Madras plague regulations in force outside the Presidency town - Volume 1
Disease focus: Plague
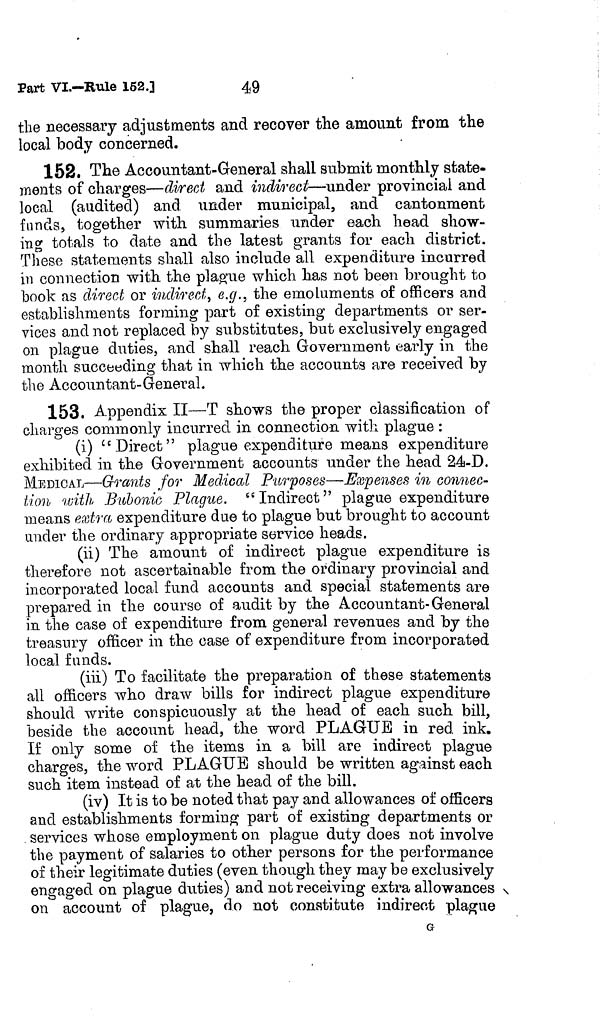
Part VL-Rule 152.]
49
the necessary adjustments and recover the amount from the
local body concerned.
152. The Accountant-General shall submit monthly state-
ments of charges—direct and indirect—under provincial and
local (audited) and under municipal, and cantonment
funds, together with summaries under each head show-
ing totals to date and the latest grants for each district.
These statements shall also include all expenditure incurred
in connection with the plague which has not been brought to
hook as direct or indirect, e.g., the emoluments of officers and
establishments forming part of existing departments or ser-
vices and not replaced by substitutes, but exclusively engaged
on plague duties, and shall reach Government early in the
month succeeding that in which the accounts are received by
the Accountant-General.
153. Appendix II—T shows the proper classification of
charges commonly incurred in connection with plague :
(i) " Direct" plague expenditure means expenditure
exhibited in the Government accounts under the head 24-D.
MEDICAL—Grants for Medical Purposes-Expenses in connec-
tion 'with Bubonic Plague. "Indirect" plague expenditure
means extra expenditure due to plague but brought to account
ander the ordinary appropriate service heads.
(ii) The amount of indirect plague expenditure is
therefore not ascertainable from the ordinary provincial and
incorporated local fund accounts and special statements are
prepared in the course of audit by the Accountant-General
in the case of expenditure from general revenues and by the
treasury officer in the case of expenditure from incorporated
local funds.
(iii) To facilitate the preparation of these statements
all officers who draw bills for indirect plague expenditure
should write conspicuously at the head of each such bill,
beside the account head, the word PLAGUE in red ink.
If only some of the items in a bill are indirect plague
charges, the word PLAGUE should be written against each
such item instead of at the head of the bill.
(iv) It is to be noted that pay and allowances of officers
and establishments forming part of existing departments or
services whose employment 011 plague duty does not involve
the payment of salaries to other persons for the performance
of their legitimate duties (even though they may be exclusively
engaged on plague duties) and not receiving extra allowances
on account of plague, do not constitute indirect plague
G